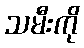
သမီးကို